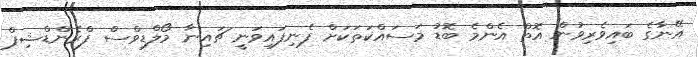
އޭނާގެ ބައިވެރިވުން އޮތް އެންމެ ބޮޑު މަސައްކަތަކަށް ފެނިފައިވަނީ ޗައިނާ މޯލްޑިވްސް ފްރެންޑްޝިޕް